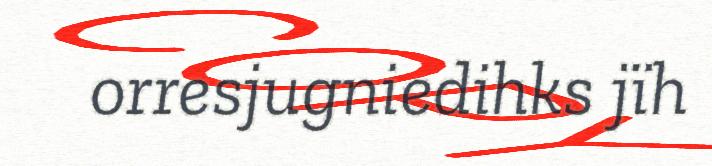
orresjugniedihks jïh